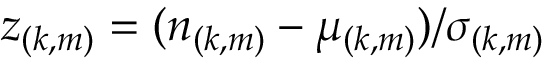
z _ { ( k , m ) } = ( n _ { ( k , m ) } - \mu _ { ( k , m ) } ) / \sigma _ { ( k , m ) }